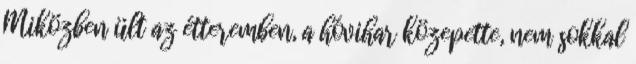
Miközben ült az étteremben, a hóvihar közepette, nem sokkal